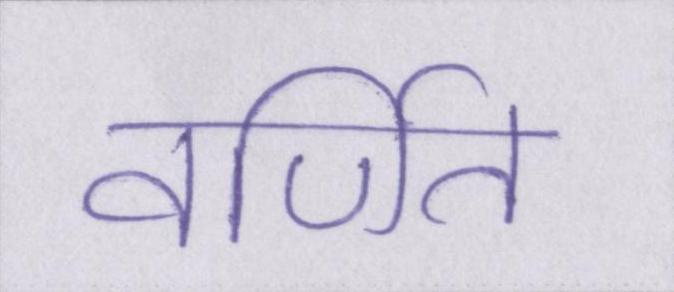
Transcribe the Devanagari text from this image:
वर्णित